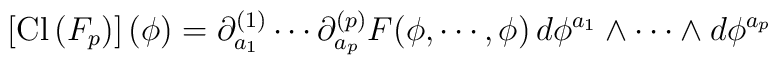
\left[ {\rm Cl} \left( F_p \right) \right](\phi) = \partial^{(1)}_{a_1} \cdots \partial^{(p)}_{a_p} F (\phi, \cdots, \phi)\, d \phi^{a_1} \wedge \cdots \wedge d \phi^{a_p}